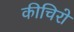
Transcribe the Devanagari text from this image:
कीचिरो